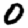
Digit: 0